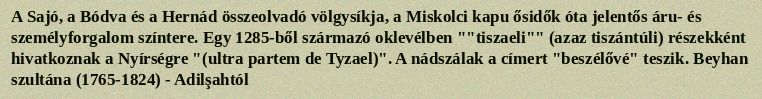
A Sajó, a Bódva és a Hernád összeolvadó völgysíkja, a Miskolci kapu ősidők óta jelentős áru- és személyforgalom színtere. Egy 1285-ből származó oklevélben ""tiszaeli"" (azaz tiszántúli) részekként hivatkoznak a Nyírségre "(ultra partem de Tyzael)". A nádszálak a címert "beszélővé" teszik. Beyhan szultána (1765-1824) - Adilşahtól